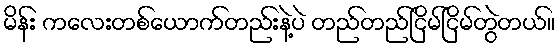
မိန်း ကလေးတစ်ယောက်တည်းနဲ့ပဲ တည်တည်ငြိမ်ငြိမ်တွဲတယ်။